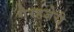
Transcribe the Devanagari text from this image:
गैरहजेरी